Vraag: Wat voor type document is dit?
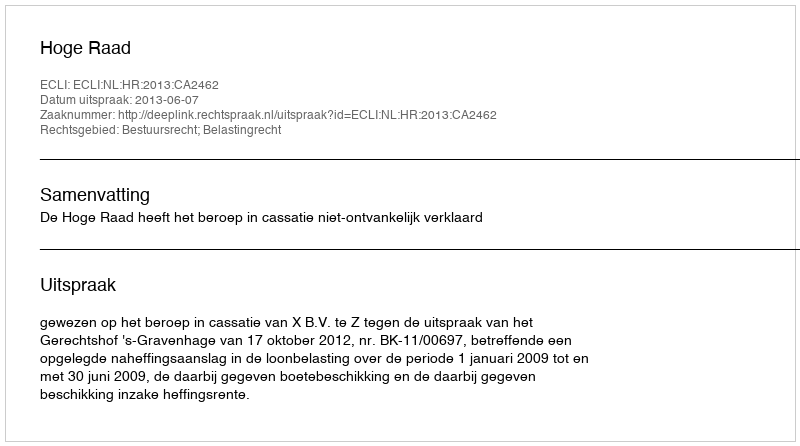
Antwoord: Uitspraak